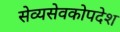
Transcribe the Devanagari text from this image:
सेव्यसेवकोपदेश